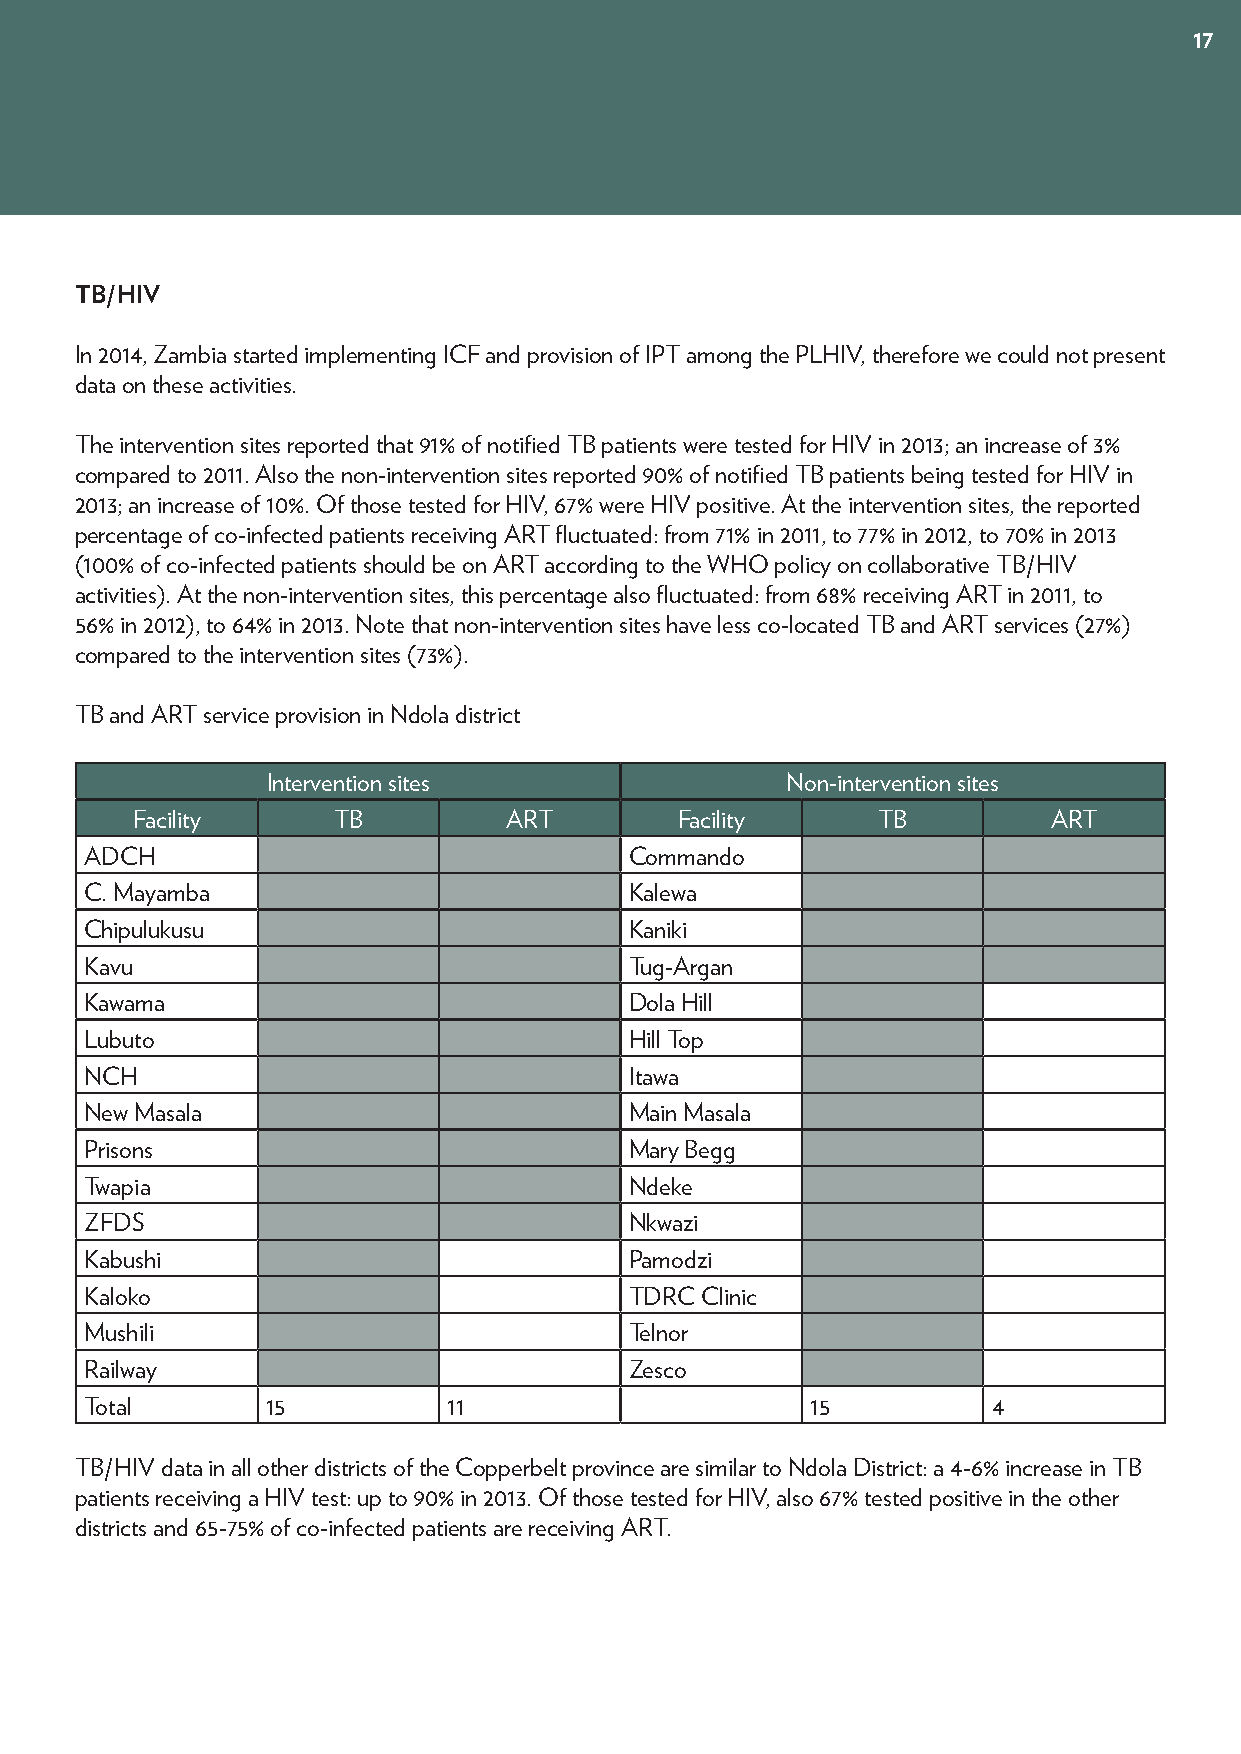
17
 TB/HIV
 In 2014, Zambia started implementing ICF and provision of IPT among the PLHIV, therefore we could not present
 data on these activities.
 The intervention sites reported that 91% of notified TB patients were tested for HIV in 2013; an increase of 3%
 compared to 2011. Also the non-intervention sites reported 90% of notified TB patients being tested for HIV in
 2013; an increase of 10%. Of those tested for HIV, 67% were HIV positive. At the intervention sites, the reported
 percentage of co-infected patients receiving ART fluctuated: from 71% in 2011, to 77% in 2012, to 70% in 2013
 (100% of co-infected patients should be on ART according to the WHO policy on collaborative TB/HIV
 activities). At the non-intervention sites, this percentage also fluctuated: from 68% receiving ART in 2011, to
 56% in 2012), to 64% in 2013. Note that non-intervention sites have less co-located TB and ART services (27%)
 compared to the intervention sites (73%).
 TB and ART service provision in Ndola district
 Intervention sites                Non-intervention sites
 Facility     TB         ART         Facility     TB          ART
 ADCH                                Commando
 C. Mayamba                          Kalewa
 Chipulukusu                         Kaniki
 Kavu                                Tug-Argan
 Kawama                              Dola Hill
 Lubuto                              Hill Top
 NCH                                 Itawa
 New Masala                          Main Masala
 Prisons                             Mary Begg
 Twapia                              Ndeke
 ZFDS                                Nkwazi
 Kabushi                             Pamodzi
 Kaloko                              TDRC Clinic
 Mushili                             Telnor
 Railway                             Zesco
 Total       15          11                      15          4
 TB/HIV data in all other districts of the Copperbelt province are similar to Ndola District: a 4-6% increase in TB
 patients receiving a HIV test: up to 90% in 2013. Of those tested for HIV, also 67% tested positive in the other
 districts and 65-75% of co-infected patients are receiving ART.